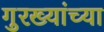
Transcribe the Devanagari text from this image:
गुरख्यांच्या